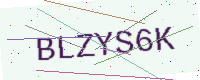
Text: BLZYS6K